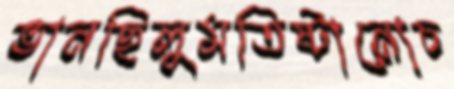
ভানছিলুমতিষ্টানোচ